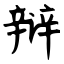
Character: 辩